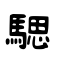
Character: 騦